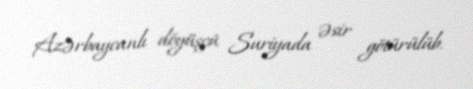
Azərbaycanlı döyüşçü Suriyada əsir götürülüb.